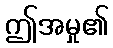
ဤအမှု၏